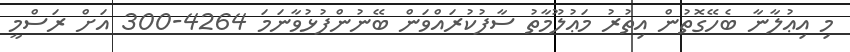
މި އިޢުލާނާ ބެހޭގޮތުން އިތުރު މަޢުލޫމާތު ސާފުކުރައްވަން ބޭނުންފުޅުވާނަމަ 4264-300 އަށް ރަސްމީ